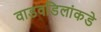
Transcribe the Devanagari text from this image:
वाडवडिलांकडे